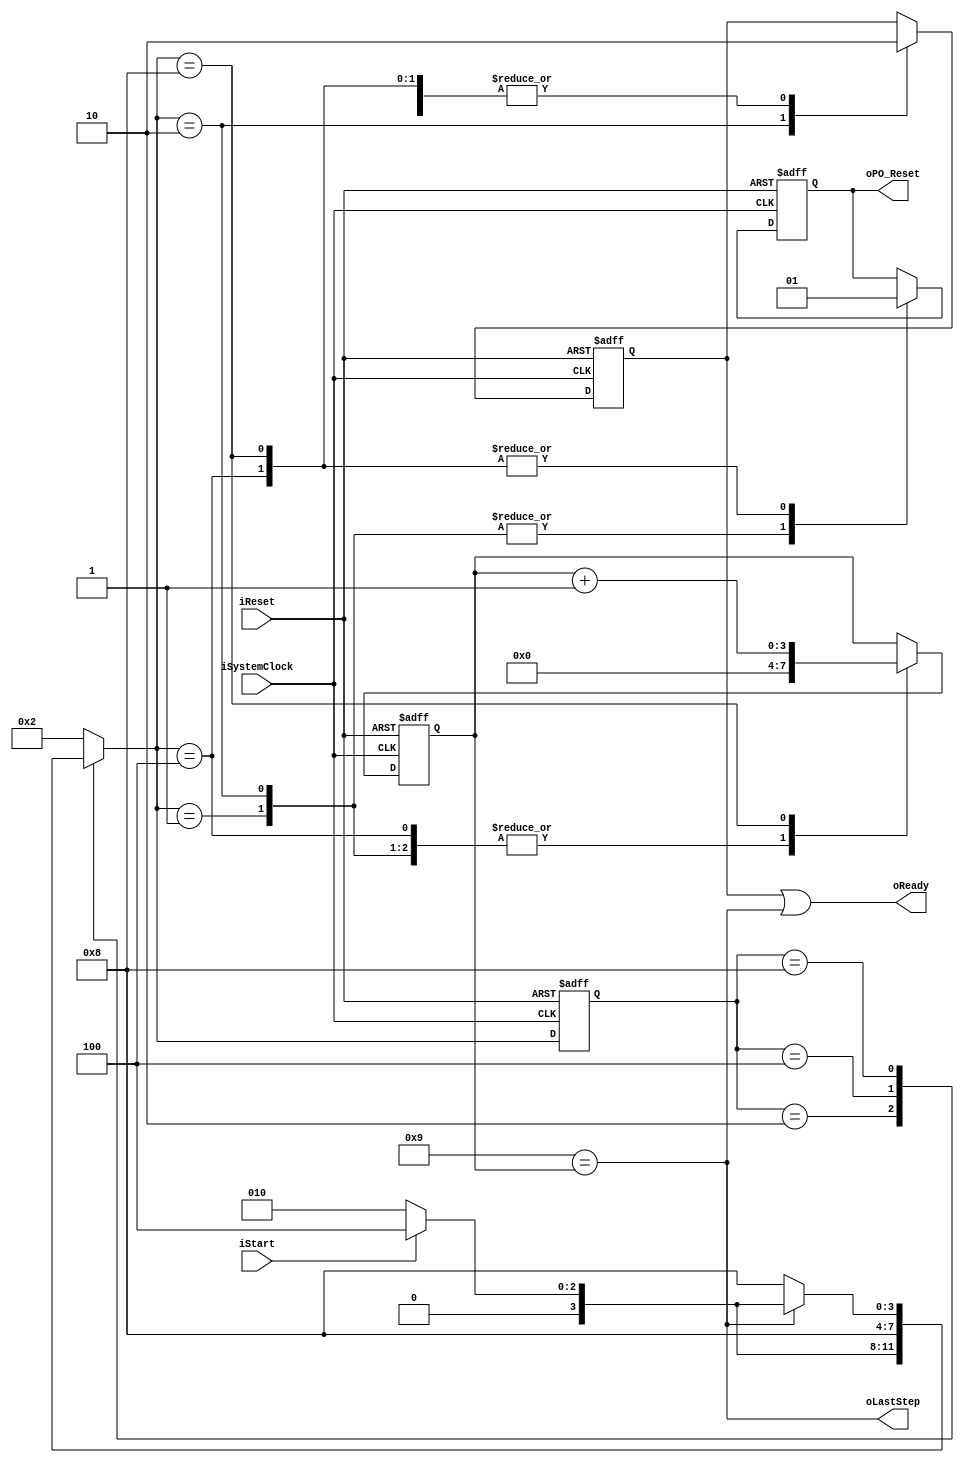
module NPM_Toggle_POR
(
    iSystemClock            ,
    iReset                  ,
    oReady                  ,
    oLastStep               ,
    iStart                  ,
    oPO_Reset                       
);
    input                           iSystemClock            ;
    input                           iReset                  ;
    output                          oReady                  ;
    output                          oLastStep               ;
    input                           iStart                  ;
    output                          oPO_Reset               ;
    parameter POR_FSM_BIT = 4;
    parameter POR_RESET = 4'b0001;
    parameter POR_READY = 4'b0010;
    parameter POR_RFRST = 4'b0100; 
    parameter POR_RLOOP = 4'b1000; 
    reg     [POR_FSM_BIT-1:0]       rPOR_cur_state          ;
    reg     [POR_FSM_BIT-1:0]       rPOR_nxt_state          ;
    reg                             rReady                  ;
    reg     [3:0]                   rTimer                  ;
    wire                            wJOBDone                ;
    reg                             rPO_Reset               ;
    assign wJOBDone = (4'b1001 == rTimer[3:0]); 
    always @ (posedge iSystemClock, posedge iReset) begin
        if (iReset) begin
            rPOR_cur_state <= POR_RESET;
        end else begin
            rPOR_cur_state <= rPOR_nxt_state;
        end
    end
    always @ ( * ) begin
        case (rPOR_cur_state)
            POR_RESET: begin
                rPOR_nxt_state <= POR_READY;
            end
            POR_READY: begin
                rPOR_nxt_state <= (iStart)? POR_RFRST:POR_READY;
            end
            POR_RFRST: begin
                rPOR_nxt_state <= POR_RLOOP;
            end
            POR_RLOOP: begin
                rPOR_nxt_state <= (wJOBDone)? ((iStart)? POR_RFRST:POR_READY):POR_RLOOP;
            end
            default:
                rPOR_nxt_state <= POR_READY;
        endcase
    end
    always @ (posedge iSystemClock, posedge iReset) begin
        if (iReset) begin
            rReady          <= 0;
            rTimer[3:0]     <= 0;
            rPO_Reset       <= 0;
        end else begin
            case (rPOR_nxt_state)
                POR_RESET: begin
                    rReady          <= 0;
                    rTimer[3:0]     <= 0;
                    rPO_Reset       <= 0;
                end
                POR_READY: begin
                    rReady          <= 1;
                    rTimer[3:0]     <= 0;
                    rPO_Reset       <= 0;
                end
                POR_RFRST: begin
                    rReady          <= 0;
                    rTimer[3:0]     <= 4'b0000;
                    rPO_Reset       <= 1;
                end
                POR_RLOOP: begin
                    rReady          <= 0;
                    rTimer[3:0]     <= rTimer[3:0] + 1'b1;
                    rPO_Reset       <= 1;
                end
            endcase
        end
    end
    assign oReady               = rReady | wJOBDone     ;
    assign oLastStep            = wJOBDone              ;
    assign oPO_Reset            = rPO_Reset              ;
endmodule